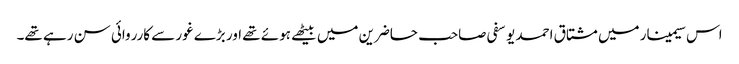
اس سیمینار میں مشتاق احمد یوسفی صاحب حاضرین میں بیٹھے ہوئے تھے اور بڑے غور سے کارروائی سن رہے تھے۔